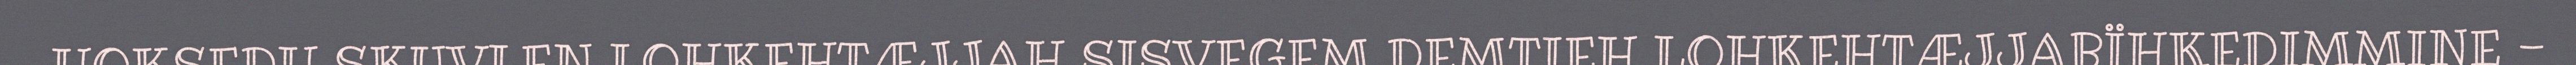
HOKSEDH SKUVLEN LOHKEHTÆJJAH SISVEGEM DEMTIEH LOHKEHTÆJJABÏHKEDIMMINE -